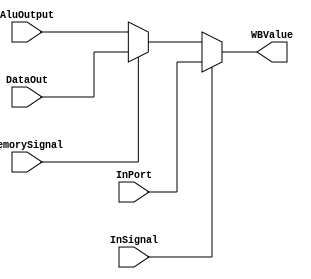
module select_wb_value(DataOut, AluOutput, MemorySignal, InPort, InSignal, WBValue);
input [15:0]    DataOut, AluOutput, InPort;
input MemorySignal, InSignal;
output [15:0]   WBValue;

assign WBValue = (InSignal == 1'b1) ? InPort :
                 (MemorySignal == 1'b1) ? DataOut : AluOutput;

endmodule